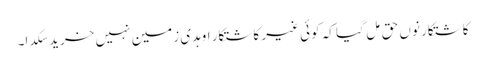
کاشتکار نوں حق مِل گیا کہ کوئی غیر کاشتکار اوہدی زمین نہیں خرید سکدا۔